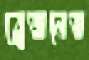
ব্রেজনেভ